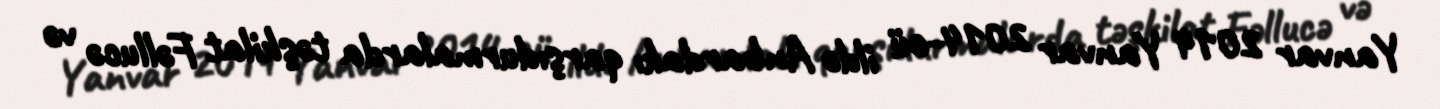
Yanvar 2014 Yanvar 2014-cü ildə Anbardakı qarşıdurmalarda təşkilat Fəllucə və